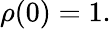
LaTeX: \rho({0})=1.